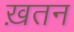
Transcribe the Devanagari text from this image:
ख़तन